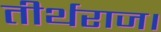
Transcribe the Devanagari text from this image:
तीर्थराज।